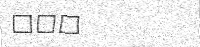
١٢٠